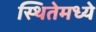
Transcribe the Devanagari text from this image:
स्थितेमध्ये